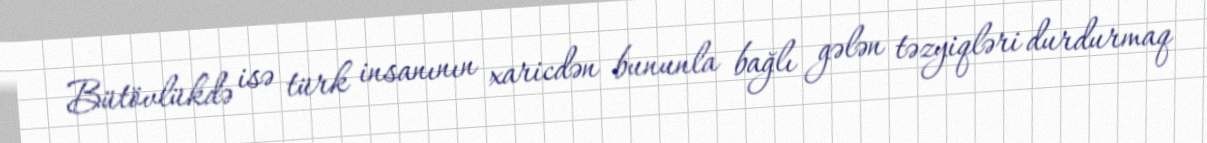
Bütövlükdə isə türk insanının xaricdən bununla bağlı gələn təzyiqləri durdurmaq